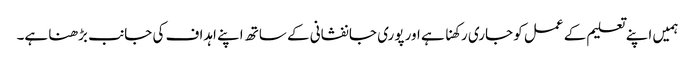
ہمیں اپنے تعلیم کے عمل کو جاری رکھنا ہے اور پوری جانفشانی کے ساتھ اپنے اہداف کی جانب بڑھنا ہے۔